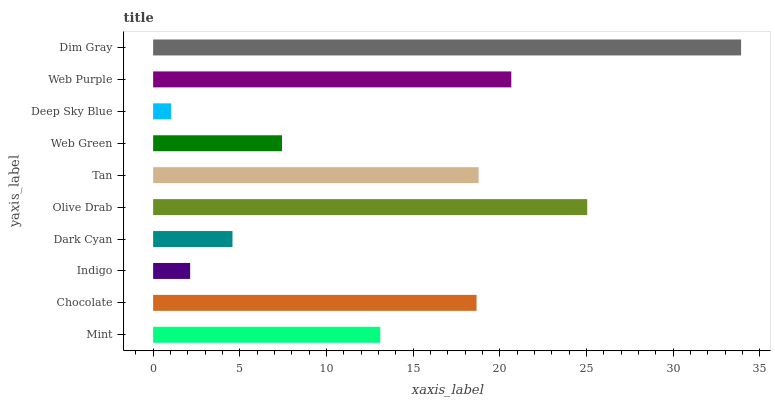
| yaxis_label | bars |
 | --- | --- |
 | Mint | 13.1 |
 | Chocolate | 18.7 |
 | Indigo | 2.14 |
 | Dark Cyan | 4.58 |
 | Olive Drab | 25 |
 | Tan | 18.8 |
 | Web Green | 7.43 |
 | Deep Sky Blue | 1.04 |
 | Web Purple | 20.7 |
 | Dim Gray | 33.9 |